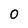
Character: 0